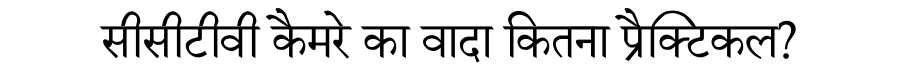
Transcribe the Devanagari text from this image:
सीसीटीवी कैमरे का वादा कितना प्रैक्टिकल?